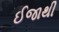
ઈજાથી